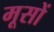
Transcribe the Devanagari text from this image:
मूसों